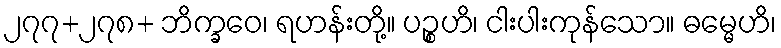
၂၇၇+၂၇၈+ ဘိက္ခဝေ၊ ရဟန်းတို့။ ပဉ္စဟိ၊ ငါးပါးကုန်သော။ ဓမ္မေဟိ၊